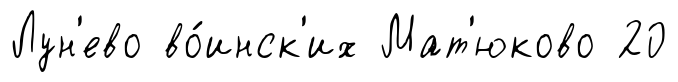
Лун'ево во́инск'их Мат'юково 20